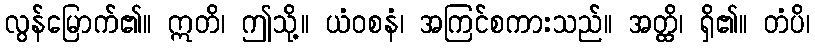
လွန်မြောက်၏။ ဣတိ၊ ဤသို့။ ယံဝစနံ၊ အကြင်စကားသည်။ အတ္ထိ၊ ရှိ၏။ တံပိ၊